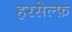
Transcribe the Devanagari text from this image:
हरसेल्फ़